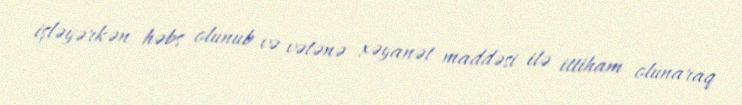
işləyərkən həbs olunub və vətənə xəyanət maddəsi ilə ittiham olunaraq